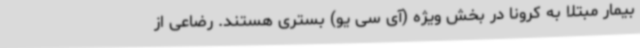
بیمار مبتلا به کرونا در بخش ویژه (آی سی یو) بستری هستند. رضاعی از